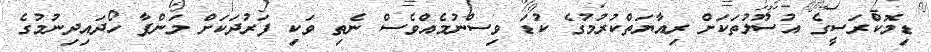
ޑިމޮކްރަސީގެ އުސޫލުތަކަށް ރިިއާޔަތްކުރުމުގެ ކުޑަ ވިސްނުމެއްވެސް ނެތި ވަކި ފަރުދަކަށް މަންފާ ހޯދައިދިނުމުގެ